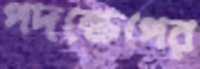
পদক্ষেপের